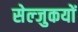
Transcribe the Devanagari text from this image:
सेल्जुकयों